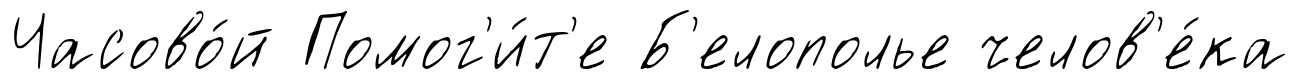
Часово́й Помог'и́т'е Б'елополье челов'е́ка